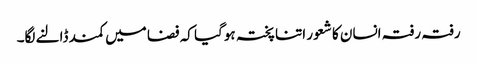
رفتہ رفتہ انسان کا شعور اتنا پختہ ہوگیا کہ فضا میں کمند ڈالنے لگا۔